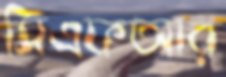
সিএফআর